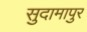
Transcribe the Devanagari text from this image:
सुदामापुर